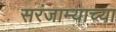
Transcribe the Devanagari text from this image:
सरंजाम्याच्या